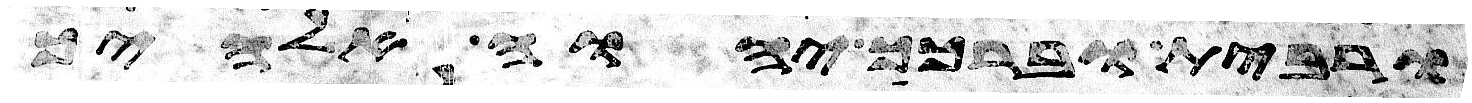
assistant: ורבית וברכך יהוה אלהיך